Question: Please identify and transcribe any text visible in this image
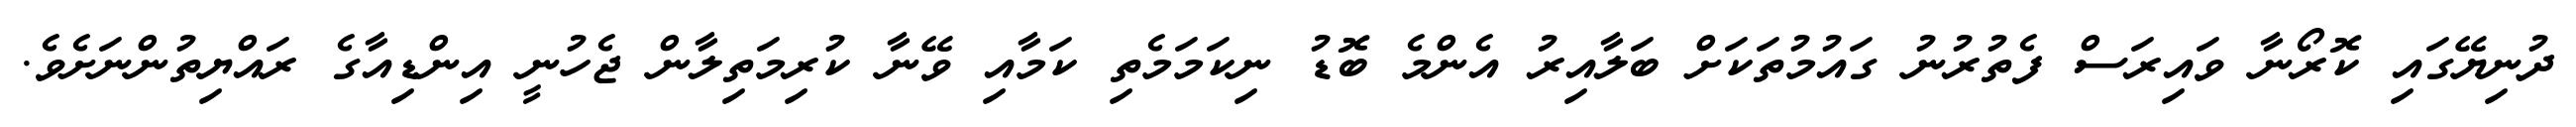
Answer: ދުނިޔޭގައި ކޮރޯނާ ވައިރަސް ފެތުރުނު ގައުމުތަކަށް ބަލާއިރު އެންމެ ބޮޑު ނިކަމަމެތި ކަމާއި ވޭނާ ކުރިމަތިލާން ޖެހުނީ އިންޑިއާގެ ރައްޔިތުންނަށެވެ.